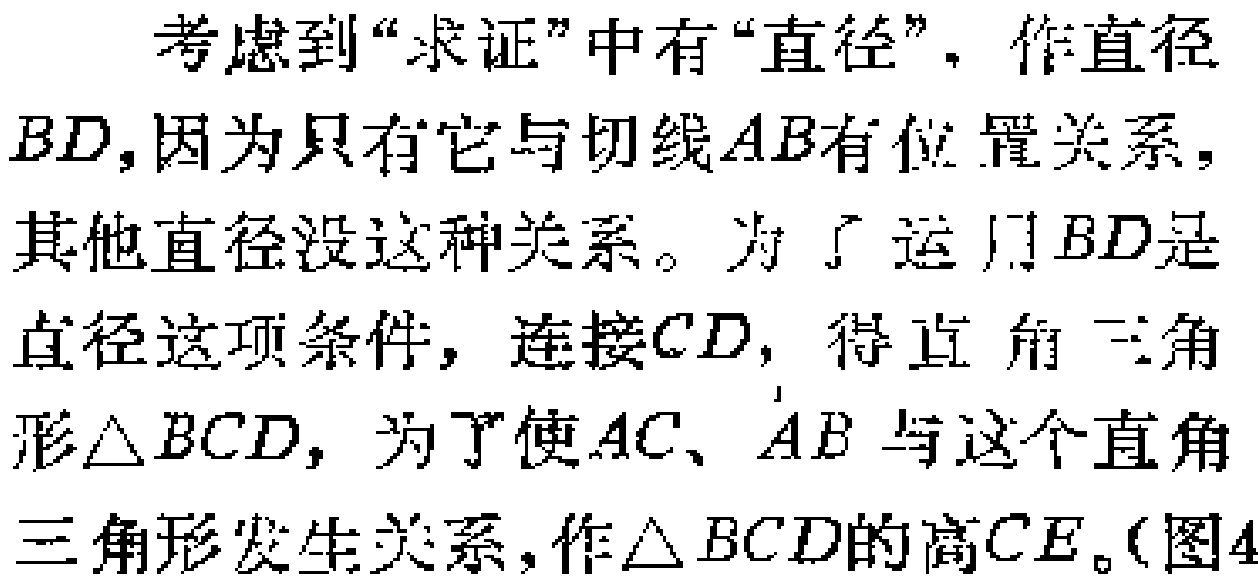
考虑到“求证”中有“直径”，作直径
\(BD\)，因为只有它与切线\(AB\)有位置关系，
其他直径没这种关系。为了运用\(BD\)是
直径这项条件，连接\(CD\)，得直角三角
形\(\triangle BCD\)，为了使\(AC、AB\)与这个直角
三角形发生关系，作\(\triangle BCD\)的高\(CE\)。（图4